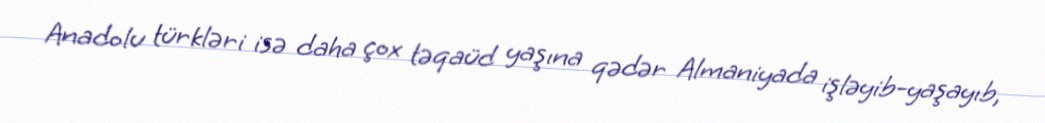
Anadolu türkləri isə daha çox təqaüd yaşına qədər Almaniyada işləyib-yaşayıb,